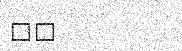
٣٨